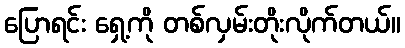
ပြောရင်း ရှေ့ကို တစ်လှမ်းတိုးလိုက်တယ်။